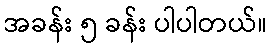
အခန်း ၅ ခန်း ပါပါတယ်။